Civil Veterinary Department Bihar & Orissa reports 1911-21 - 1911-1921
Year: 1911
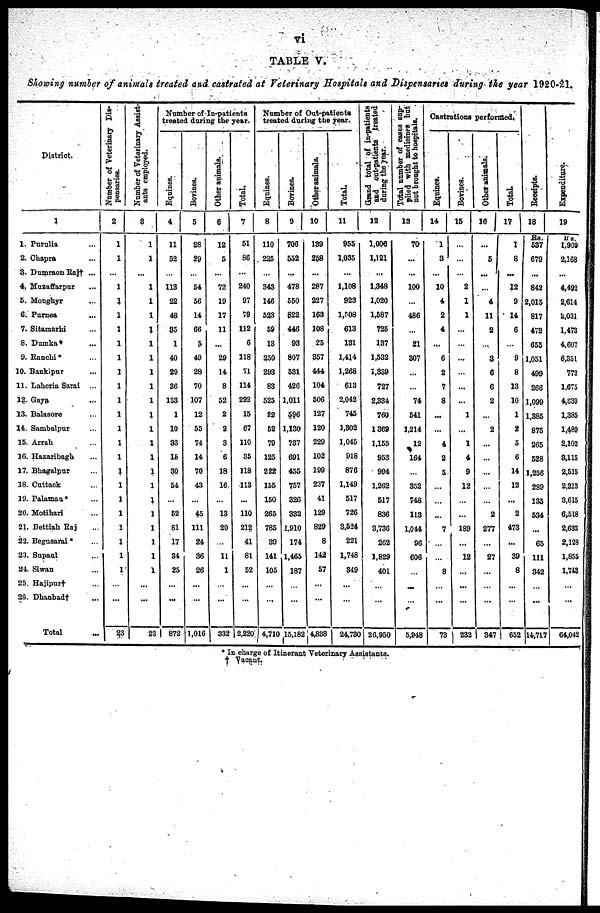
vi
TABLE V.
Showing number of animals treated and castrated at Veterinary Hospitals and Dispensaries during the year 1920-21.
District
1
1. Purulia ...
2. Chapra ...
3. Dumraon Raj† ...
4. Muzaffarpur ...
5. Monghyr ...
6. Purnea ...
7. Sitamarhi ...
8. Dumka* ...
9. Ranchi* ...
10. Bankipur ...
11. Laheria Sarai ...
12. Gaya ...
13. Balasore ...
14. Sambalpur ...
15. Arrah ...
16. Hazaribagh ...
17. Bhagalpur ...
18. Cattack ...
19. Palamau* ...
20. Motihari ...
21. Bettiah Raj ...
22. Begusarai * ...
23. Supaul ...
24. Siwan ...
25. Hajipur† ...
26. Dhanbad† ...
Total
Number of Veterinary Dis-
pensaries.
2
1
1
...
1
1
1
1
1
1
1
1
1
1
1
1
1
1
1
1
1
1
1
1
1
...
...
23
Number of Veterinary Assist-
ants employed.
8
1
1
...
1
1
1
1
1
1
1
1
1
1
1
1
1
1
1
1
1
1
1
1
1
...
...
23
Number of In-patients
treated during the year.
Equines.
4
11
52
...
113
22
48
35
1
40
29
36
133
1
10
33
16
30
54
52
81
17
34
25
...
...
872
Bovines.
5
28
29
...
54
56
14
66
5
49
28
70
107
12
55
74
14
70
43
...
45
111
24
36
26
...
...
1,016
Other animate
6
12
5
...
73
19
17
11
...
29
14
8
52
2
2
3
6
18
16,
...
13
20
11
1
...
332
Total.
7
51
86
...
240
97
79
112
6
118
71
114
292
15
67
110
35
118
113
...
110
212
41
81
52
...
...
2,220
Number of Out-patients
treated during the year.
Equines.
8
110
225
...
343
146
523
59
13
250
293
83
525
22
52
79
125
222
155
150
265
785
39
141
105
...
...
4,710
Bovines.
9
706
552
...
478
550
822
446
93
807
531
426
1,011
596
1,130
737
691
455
757
326
332
1,910
174
1,465
187
...
...
15,182
Other animals.
10
139
258
...
287
227
163
108
25
357
444
104
506
127
120
229
102
199
237
41
129
829
8
142
57
...
...
4,838
Total.
11
955
1,035
...
1,108
923
l,r08
613
131
1,414
1,268
613
2,042
745
1,302
1,045
918
876
1,149
517
726
3,524
221
1,748
349
...
...
I 24,730
Grand
total of in-patients
and out-patients treated
during the year.
12
1,006
1,121
...
1,348
1,020
1,587
725
137
1,532
1,839
727
2,334
760
1369
1,155
953
994
1,262
517
836
3,736
262
1,829
401
...
...
26,950
Total number of cases sup-
plied with medicines but
not brought to hospitals.
13
70-
...
...
100
...
486
...
21
307
...
...
74
541
1,214
12
164
...
352
748
113
1,044
96
606
...
...
...
5,948
Castrations performed*
Equines.
14
1
3
...
10
4
2
4
...
6
2
7
8
...
...
4
2
5
...
...
...
7
...
...
8
...
...
73
Bovines.
15
...
...
...
2
1
1
...
...
...
...
...
...
1
...
1
4
9
12
...
...
189
...
12
...
...
...
232
Other animals.
16
...
5
...
...
4
11
2
...
3
6
6
2
...
2
...
...
...
...
...
2
277
...
27
...
...
...
347
Total
17
1
8
...
12
9
14
6
...
9
8
13
10
1
2
5
6
14
12
...
2
473
...
39
8
...
...
652
Receipts.
18
Rs.
537
679
...
842
2,015
817
472
655
1,051
499
266
1,099
1,385
875
265
528
1,256
289
135
534
...
65
111
342
...
...
14,717
Expenditure.
19
Rs.
1,909
2,168
...
4,492
2,614
2,031
1,473
4,607
6,351
772
1,675
4,839
1,385
1,489
2,102
3,115
2,515
2,213
3,615
6,518
2,633
2,128
1,855
1,743
...
...
64,042
* In charge of Itinerant Veterinary Assistants.
† Vacant.